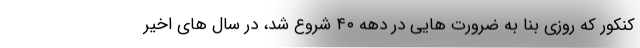
کنکور که روزی بنا به ضرورت هایی در دهه ۴۰ شروع شد، در سال های اخیر